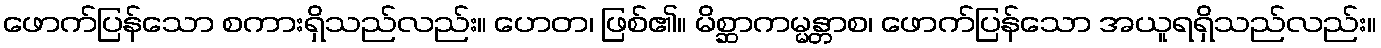
ဖောက်ပြန်သော စကားရှိသည်လည်း။ ဟေတ၊ ဖြစ်၏။ မိစ္ဆာကမ္မန္တာစ၊ ဖောက်ပြန်သော အယူရရှိသည်လည်း။